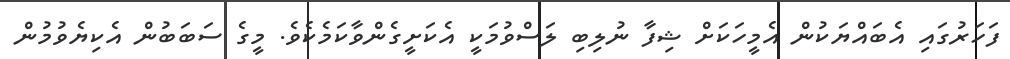
ފަހަރުގައި އެބައްޔަކުން އެމީހަކަށް ޝިފާ ނުލިބި ލަސްވުމަކީ އެކަށީގެންވާކަމެކެވެ. މީގެ ސަބަބުން އެކިޔެވުމުން